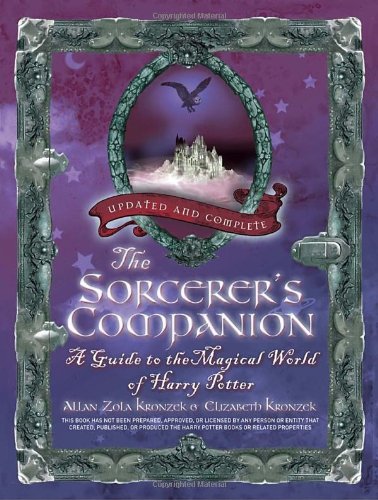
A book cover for The Sorcerer's Companion: A Guide to the Magical World of Harry Potter, Third Edition; Allan Zola Kronzek; Science Fiction & Fantasy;